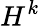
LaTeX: H^{k}